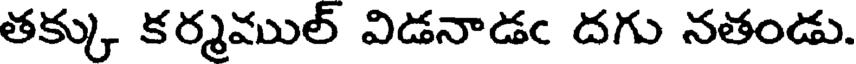
తక్కు కర్మముల్ విడనాడఁ దగు నతండు.